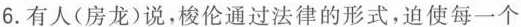
6.有人(房龙)说，梭伦通过法律的形式，迫使每一个